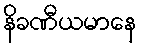
နိခဏီယမာနေ